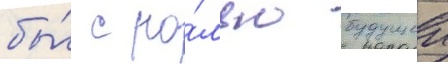
бы́ с ро́лью будущеи